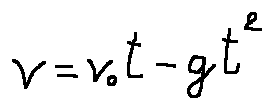
v = v _ { 0 } t - g t ^ { 2 }